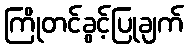
ကြိုတင်ခွင့်ပြုချက်